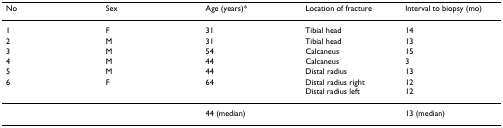
<table><thead><tr><td><b>No</b></td><td><b>Sex</b></td><td><b>Age (years)*</b></td><td><b>Location of fracture</b></td><td><b>Interval to biopsy (mo)</b></td></tr></thead><tbody><tr><td>1</td><td>F</td><td>31</td><td>Tibial head</td><td>14</td></tr><tr><td>2</td><td>M</td><td>31</td><td>Tibial head</td><td>13</td></tr><tr><td>3</td><td>M</td><td>54</td><td>Calcaneus</td><td>15</td></tr><tr><td>4</td><td>M</td><td>44</td><td>Calcaneus</td><td>3</td></tr><tr><td>5</td><td>M</td><td>44</td><td>Distal radius</td><td>13</td></tr><tr><td>6</td><td>F</td><td>64</td><td>Distal radius rightDistal radius left</td><td>1212</td></tr><tr><td></td><td></td><td>44 (median)</td><td></td><td>13 (median)</td></tr></tbody></table>